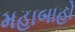
મહાબાહો